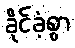
ခိုင်ခံ့စွာ